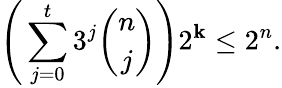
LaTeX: \Bigg(\sum_{j=0}^{t}3^{j}{\binom{n}{j}}\Bigg)2^{\mathbf{k}}\le2^{n}.